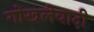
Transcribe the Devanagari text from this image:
गोखलेवादी